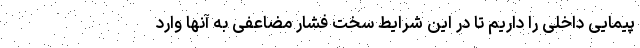
پیمایی داخلی را داریم تا در این شرایط سخت فشار مضاعفی به آنها وارد